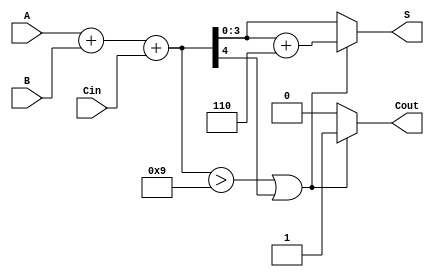
module BCD_Fast_Adder (
    input [3:0] A,      // First BCD digit
    input [3:0] B,      // Second BCD digit
    input Cin,          // Carry-in
    output reg [3:0] S, // BCD sum output
    output reg Cout     // Carry-out
);

    wire [4:0] sum;     // 5-bit sum to accommodate carry
    wire correction;     // Correction flag

    // Step 1: Binary addition of A, B, and Cin
    assign sum = A + B + Cin;

    // Step 2: Check for BCD correction
    // Correction is needed if sum > 9 or if there is a carry-out
    assign correction = (sum > 9) || (sum[4]);

    // Step 3: Generate the BCD output
    always @(*) begin
        if (correction) begin
            // If correction is needed, add 6 (0110)
            S = sum + 5'b00110; // Adding 6 to the sum
            Cout = 1;           // Set carry-out
        end else begin
            S = sum[3:0];       // No correction needed, take lower 4 bits
            Cout = 0;           // No carry-out
        end
    end

endmodule